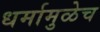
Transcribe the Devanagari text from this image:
धर्मामुळेच